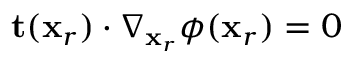
\mathbf { t } ( \mathbf { x } _ { r } ) \cdot \nabla _ { \mathbf { x } _ { r } } \phi ( \mathbf { x } _ { r } ) = 0